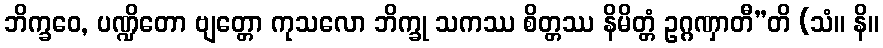
ဘိက္ခဝေ, ပဏ္ဍိတော ဗျတ္တော ကုသလော ဘိက္ခု သကဿ စိတ္တဿ နိမိတ္တံ ဥဂ္ဂဏှာတီ”တိ (သံ။ နိ။